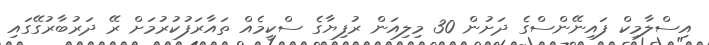
އިސްލާމިކް ފައިނޭންސްގެ ދަށުން 30 މިލިއަން ރުފިޔާގެ ސްކީމެއް ތައާރަފުކުރުމަށް ރޭ ދަރުބާރުގޭގައި